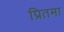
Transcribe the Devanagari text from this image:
प्रितमा